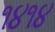
૧૪૧૪